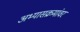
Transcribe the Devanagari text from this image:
अभ्यासक्रमांवर